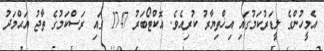
އެމީހުންގެ ލީޑަރުކަމުގައި އިޚްތިޔާރު ކުރިއެވެ. އޮކްޓޯބަރު 1747 ގައި ރަސްކަމުގެ ތާޖު އަޙްމަދު